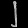
Digit: ၂